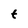
Character: t